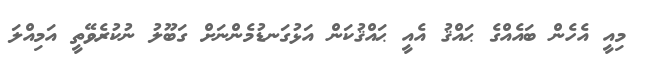
މިއީ އެހެން ބައެއްގެ ޙައްޤު އެއީ ޙައްޤުކަން އަޅުގަނޑުމެންނަށް ގަބޫލު ނުކުރެވޭތީ އަމިއްލަ